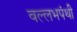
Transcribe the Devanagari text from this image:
वल्लभपंथी